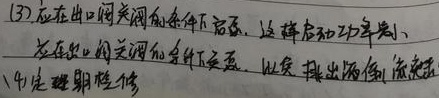
(3) 应在出口阀关闭的条件下启动，这样启动功率小；应在入口阀全开的条件下启动，以免排出流量倒流。
(4) 定期检修